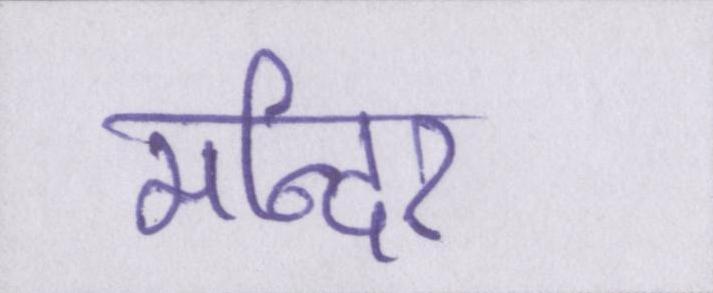
मन्दिर